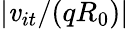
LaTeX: \lvert\mathit{v}_{it}/(qR_{0})\rvert